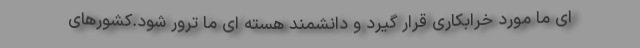
ای ما مورد خرابکاری قرار گیرد و دانشمند هسته ای ما ترور شود.کشورهای